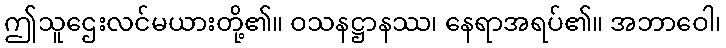
ဤသူဌေးလင်မယားတို့၏။ ဝသနဋ္ဌာနဿ၊ နေရာအရပ်၏။ အဘာဝေါ၊